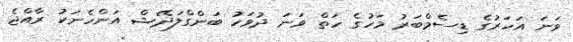
ވަނަ އަހަރުގެ ޑިސެމްބަރު މަހުގެ ހަތް ވަނަ ދުވަހު ބަންގްލަދޭޝް އަންހެނަކު ރާއްޖެ